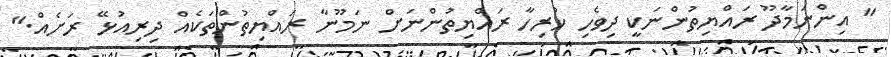
" އިންނަމާދޫ ރައްޔިތުންނަކީ ދިވެހި ހުރިހާ ރައްޔިތުންނަށް ނަމޫނާ ރައްޔިތުންތަކެއް ދިރިއުޅޭ ރަށެއް."